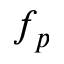
f _ { p }